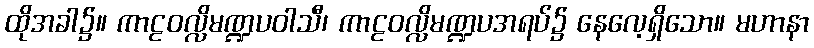
ထိုအခါ၌။ ကာဠဝလ္လိမဏ္ဍပဝါသီ၊ ကာဠဝလ္လိမဏ္ဍပအရပ်၌ နေလေ့ရှိသော။ မဟာနာ